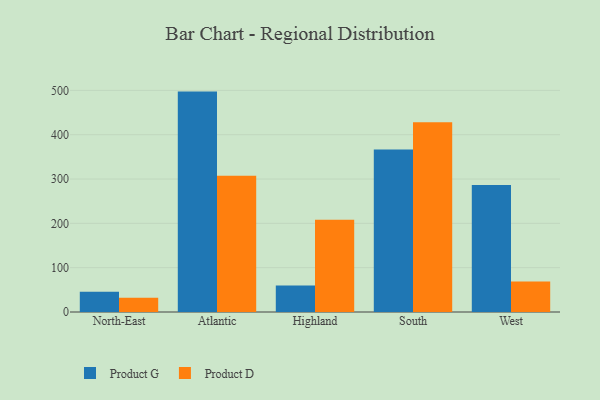
{"axis": {"x": "Region", "y": "Operating Costs (USD K)"}, "legend": ["Product D", "Product G"], "data": [{"x": "North-East", "y": 45.4, "type": "Product G"}, {"x": "North-East", "y": 32.2, "type": "Product D"}, {"x": "Atlantic", "y": 497.2, "type": "Product G"}, {"x": "Atlantic", "y": 307.5, "type": "Product D"}, {"x": "Highland", "y": 59.6, "type": "Product G"}, {"x": "Highland", "y": 208.1, "type": "Product D"}, {"x": "South", "y": 366.4, "type": "Product G"}, {"x": "South", "y": 428.0, "type": "Product D"}, {"x": "West", "y": 286.5, "type": "Product G"}, {"x": "West", "y": 68.6, "type": "Product D"}]}